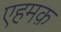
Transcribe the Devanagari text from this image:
एहमक़